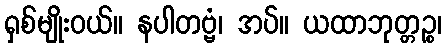
ရှစ်မျိုးဝယ်။ နပါတဗ္ဗံ၊ အပ်။ ယထာဘုတ္တဉ္စ၊